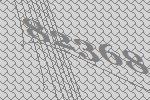
82368